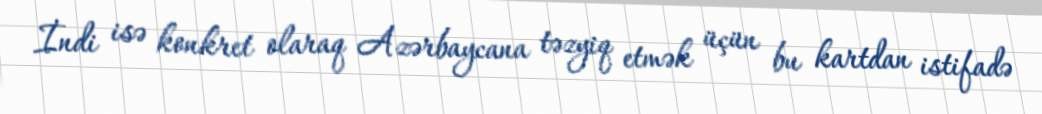
İndi isə konkret olaraq Azərbaycana təzyiq etmək üçün bu kartdan istifadə